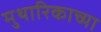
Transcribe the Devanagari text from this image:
मुथारिकाच्या